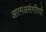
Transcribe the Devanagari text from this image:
आत्मअसंगतियों